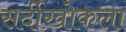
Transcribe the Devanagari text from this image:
सर्दीखोकला